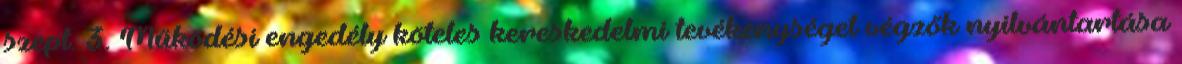
szept. 3. Működési engedély köteles kereskedelmi tevékenységet végzők nyilvántartása